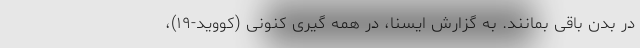
در بدن باقی بمانند. به گزارش ایسنا، در همه گیری کنونی (کووید-۱۹)،